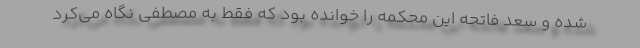
شده و سعد فاتحه این محکمه را خوانده بود که فقط به مصطفی نگاه می‌کرد